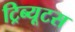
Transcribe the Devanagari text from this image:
ट्रिब्यूटस